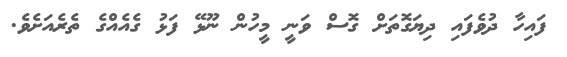
ފައިހާ ދުވެފައި ދިޔަގޮތަށް ގޮސް ވަނީ މީހުން ނޫޅޭ ފަޅު ގެއެއްގެ ތެރެއަށެވެ.